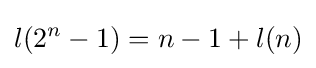
l(2^{n}-1)=n-1+l(n)